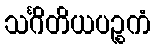
သင်္ဂိတိယပဉ္စကံ